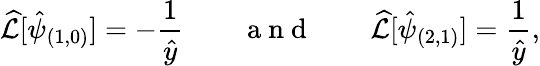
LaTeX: \widehat{\mathcal{L}}[\hat{\psi}_{{(1,0)}}]=-\frac{1}{\hat{y}}\qquad\mathrm{~a~n~d~}\qquad\widehat{\mathcal{L}}[\hat{\psi}_{(2,1)}]=\frac{1}{\hat{y}},